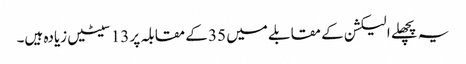
یہ پچھلے الیکشن کے مقابلے میں 35 کے مقابلہ پر 13 سیٹیں زیادہ ہیں۔